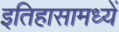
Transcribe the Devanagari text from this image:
इतिहासामध्यें